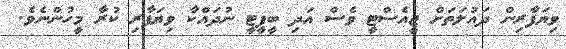
ވިޔަފާރިން ދައުލަތަށް ޖީއެސްޓީ ވެސް އަދި ބީޕީޓީ ނުދައްކާ ވިޔަފާރި ކުރާ މީހުންނެވެ.